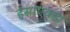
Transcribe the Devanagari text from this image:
हंसाएवडा